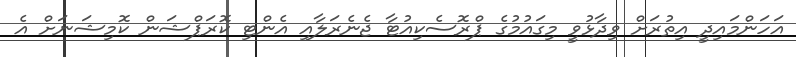
އަހަންމައިދީ އިތުރަށް ވިދާޅުވީ މިގައުމުގެ ޕްރޮސެކިއުޓާ ޖެނެރަލާއި އެންޓި ކޮރަޕްޝަން ކޮމިޝަނަށް އެ